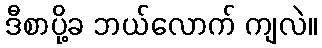
ဒီစာပို့ခ ဘယ်လောက် ကျလဲ။